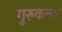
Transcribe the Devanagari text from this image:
गुरुकन्या